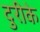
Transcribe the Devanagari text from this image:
दुरीके